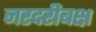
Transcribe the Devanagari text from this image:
जरदरीबक्ष